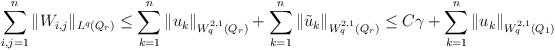
LaTeX: \begin{align*} \sum_{i,j=1}^n \|W_{i,j}\|_{L^q (Q_r)} & \leq \sum_{k=1}^n \| u_k\|_{W^{2,1}_q(Q_r)} + \sum_{k=1}^n \| \tilde{u}_k \|_{W^{2,1}_q(Q_r)} \leq C \gamma + \sum_{k =1}^n \|u_k\|_{W^{2,1}_q (Q_1)} \end{align*}